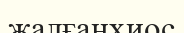
жалғанхиос